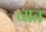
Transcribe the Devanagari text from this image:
व्यत्त